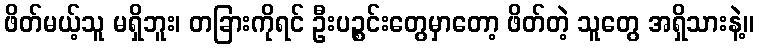
ဖိတ်မယ့်သူ မရှိဘူး၊ တခြားကိုရင် ဦးပဉ္စင်းတွေမှာတော့ ဖိတ်တဲ့ သူတွေ အရှိသားနဲ့။